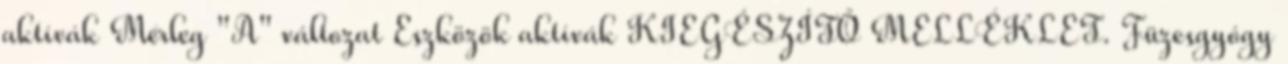
aktívák Mérleg "A" változat Eszközök aktívák KIEGÉSZÍTŐ MELLÉKLET. Füzesgyógy